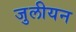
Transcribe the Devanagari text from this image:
जुलीयन